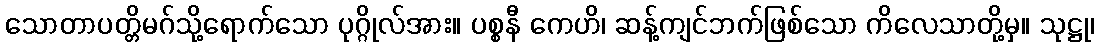
သောတာပတ္တိမဂ်သို့ရောက်သော ပုဂ္ဂိုလ်အား။ ပစ္စနီ ကေဟိ၊ ဆန့်ကျင်ဘက်ဖြစ်သော ကိလေသာတို့မှ။ သုဋ္ဌု၊